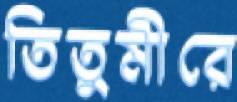
তিতুমীরে